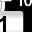
Digit: 1